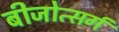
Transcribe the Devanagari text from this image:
बीजोत्सर्ग